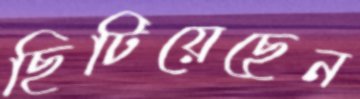
ছিটিয়েছেন